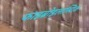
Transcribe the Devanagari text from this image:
फाइब्रोइलास्टिक